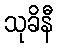
သုခိနီ